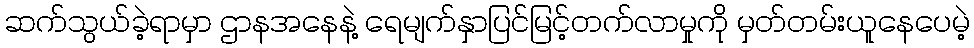
ဆက်သွယ်ခဲ့ရာမှာ ဌာနအနေနဲ့ ရေမျက်နှာပြင်မြင့်တက်လာမှုကို မှတ်တမ်းယူနေပေမဲ့